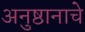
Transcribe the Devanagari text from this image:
अनुष्ठानाचे